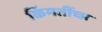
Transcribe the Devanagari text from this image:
किंमतींचा